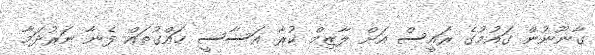
ގާނޫނުން ގައުމުގެ ރައީސް އަށް ލާޒިމް ކުރާ އަސާސީ ހައްގުތައް ފެނާ ނަރުދަމާ